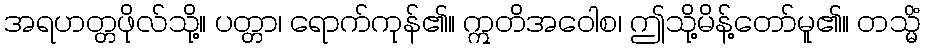
အရဟတ္တဖိုလ်သို့။ ပတ္တာ၊ ရောက်ကုန်၏။ ဣတိအဝေါစ၊ ဤသို့မိန့်တော်မူ၏။ တသ္မိံ